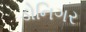
ડોનિગર